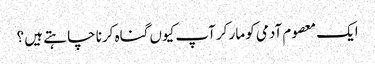
ایک معصوم آدمی کو مار کر آپ کیوں گناہ کرنا چا ہتے ہیں ؟